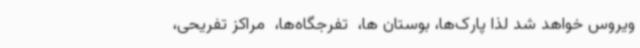
ویروس خواهد شد لذا پارک‌ها، ‌بوستان ها، ‌ تفرجگاه‌ها، ‌ مراکز تفریحی،‌